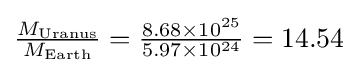
{\tfrac {M_{\text{Uranus}}}{M_{\text{Earth}}}}={\tfrac {8.68\times 10^{25}}{5.97\times 10^{24}}}=14.54